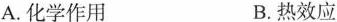
A.化学作用 B.热效应